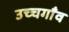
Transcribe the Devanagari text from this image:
उच्चगाँव